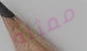
ممثله